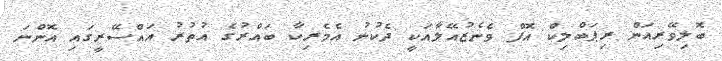
ބޮލިވޭރިއަން ރިޕަބްލިކް އޮފް ވެނެޒުއޭލާއަކީ ދެކުނު އެމެރިކާ ބައްރުގެ އުތުރު އައްސޭރީގައި އޮންނަ